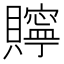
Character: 𮚫